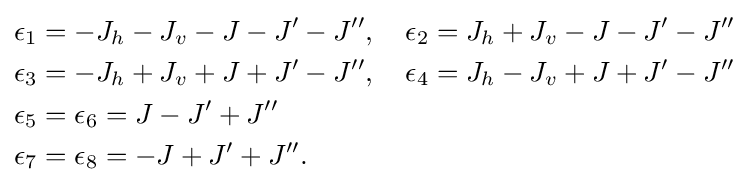
{\begin{aligned}\epsilon _{1}&=-J_{h}-J_{v}-J-J'-J'',\quad \epsilon _{2}=J_{h}+J_{v}-J-J'-J''\\\epsilon _{3}&=-J_{h}+J_{v}+J+J'-J'',\quad \epsilon _{4}=J_{h}-J_{v}+J+J'-J''\\\epsilon _{5}&=\epsilon _{6}=J-J'+J''\\\epsilon _{7}&=\epsilon _{8}=-J+J'+J''.\end{aligned}}